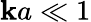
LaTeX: \mathbf{k}a\ll1